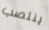
ينتصب